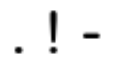
. ! -